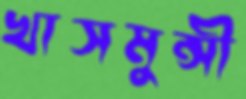
খাসমুন্সী